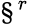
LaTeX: \S^{r}